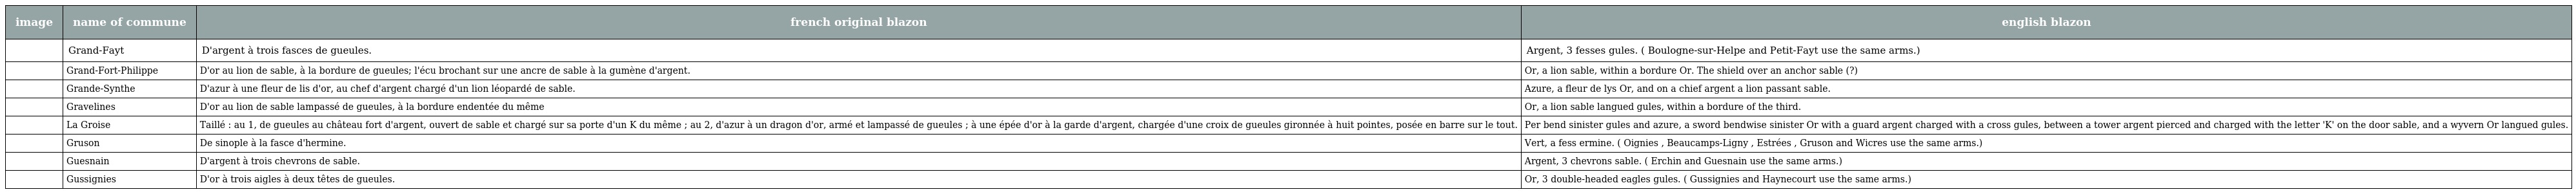
| image | name of commune | french original blazon | english blazon |
 | --- | --- | --- | --- |
 |  | Grand-Fayt | D'argent à trois fasces de gueules. | Argent, 3 fesses gules. ( Boulogne-sur-Helpe and Petit-Fayt use the same arms.) |
 |  | Grand-Fort-Philippe | D'or au lion de sable, à la bordure de gueules; l'écu brochant sur une ancre de sable à la gumène d'argent. | Or, a lion sable, within a bordure Or. The shield over an anchor sable (?) |
 |  | Grande-Synthe | D'azur à une fleur de lis d'or, au chef d'argent chargé d'un lion léopardé de sable. | Azure, a fleur de lys Or, and on a chief argent a lion passant sable. |
 |  | Gravelines | D'or au lion de sable lampassé de gueules, à la bordure endentée du même | Or, a lion sable langued gules, within a bordure of the third. |
 |  | La Groise | Taillé : au 1, de gueules au château fort d'argent, ouvert de sable et chargé sur sa porte d'un K du même ; au 2, d'azur à un dragon d'or, armé et lampassé de gueules ; à une épée d'or à la garde d'argent, chargée d'une croix de gueules gironnée à huit pointes, posée en barre sur le tout. | Per bend sinister gules and azure, a sword bendwise sinister Or with a guard argent charged with a cross gules, between a tower argent pierced and charged with the letter 'K' on the door sable, and a wyvern Or langued gules. |
 |  | Gruson | De sinople à la fasce d'hermine. | Vert, a fess ermine. ( Oignies , Beaucamps-Ligny , Estrées , Gruson and Wicres use the same arms.) |
 |  | Guesnain | D'argent à trois chevrons de sable. | Argent, 3 chevrons sable. ( Erchin and Guesnain use the same arms.) |
 |  | Gussignies | D'or à trois aigles à deux têtes de gueules. | Or, 3 double-headed eagles gules. ( Gussignies and Haynecourt use the same arms.) |